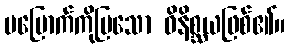
မမြောက်ကိုပြသော ဝိနိစ္ဆယဖြစ်၏။